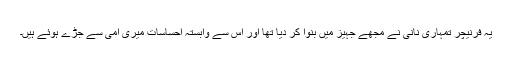
یہ فرنیچر تمہاری نانی نے مجھے جہیز میں بنوا کر دیا تھا اور اس سے وابستہ احساسات میری امی سے جڑے ہوئے ہیں۔